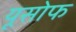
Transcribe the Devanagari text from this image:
यूसोफ